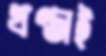
খণ্ডাই